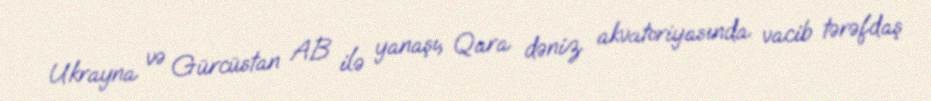
Ukrayna və Gürcüstan AB ilə yanaşı, Qara dəniz akvatoriyasında vacib tərəfdaş